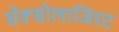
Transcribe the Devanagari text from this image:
सेक्सोलाजिस्ट